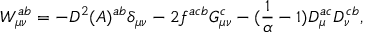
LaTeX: { \cal { W } } _ { \mu \nu } ^ { a b } = - D ^ { 2 } ( A ) ^ { a b } \delta _ { \mu \nu } - 2 f ^ { a c b } G _ { \mu \nu } ^ { c } - ( { \frac { 1 } { \alpha } } - 1 ) D _ { \mu } ^ { a c } D _ { \nu } ^ { c b } ,